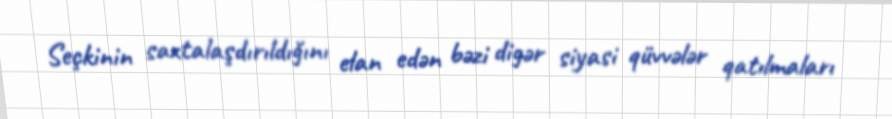
Seçkinin saxtalaşdırıldığını elan edən bəzi digər siyasi qüvvələr qatılmaları